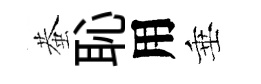
蛬恥用垂